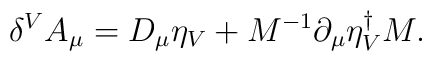
\delta^V A_\mu = D_\mu \eta_V + M^{-1} \partial_\mu \eta_V^\dagger M.